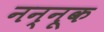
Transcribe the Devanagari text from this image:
नन्नूक